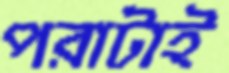
পরাটাই